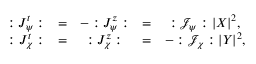
\begin{array} { c c c c c l l } { { : J _ { \psi } ^ { t } : } } & { { = } } & { { - : J _ { \psi } ^ { z } : } } & { { = } } & { { : { \mathcal { J } } _ { \psi } : | X | ^ { 2 } , } } \\ { { : J _ { \chi } ^ { t } : } } & { { = } } & { { : J _ { \chi } ^ { z } : } } & { { = } } & { { - : { \mathcal { J } } _ { \chi } : | Y | ^ { 2 } , } } \end{array}